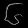
Digit: ၆